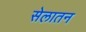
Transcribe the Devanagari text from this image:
सेलातन